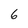
Character: 6